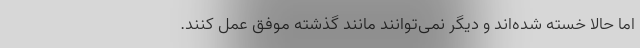
اما حالا خسته شده‌اند و دیگر نمی‌توانند مانند گذشته موفق عمل کنند.